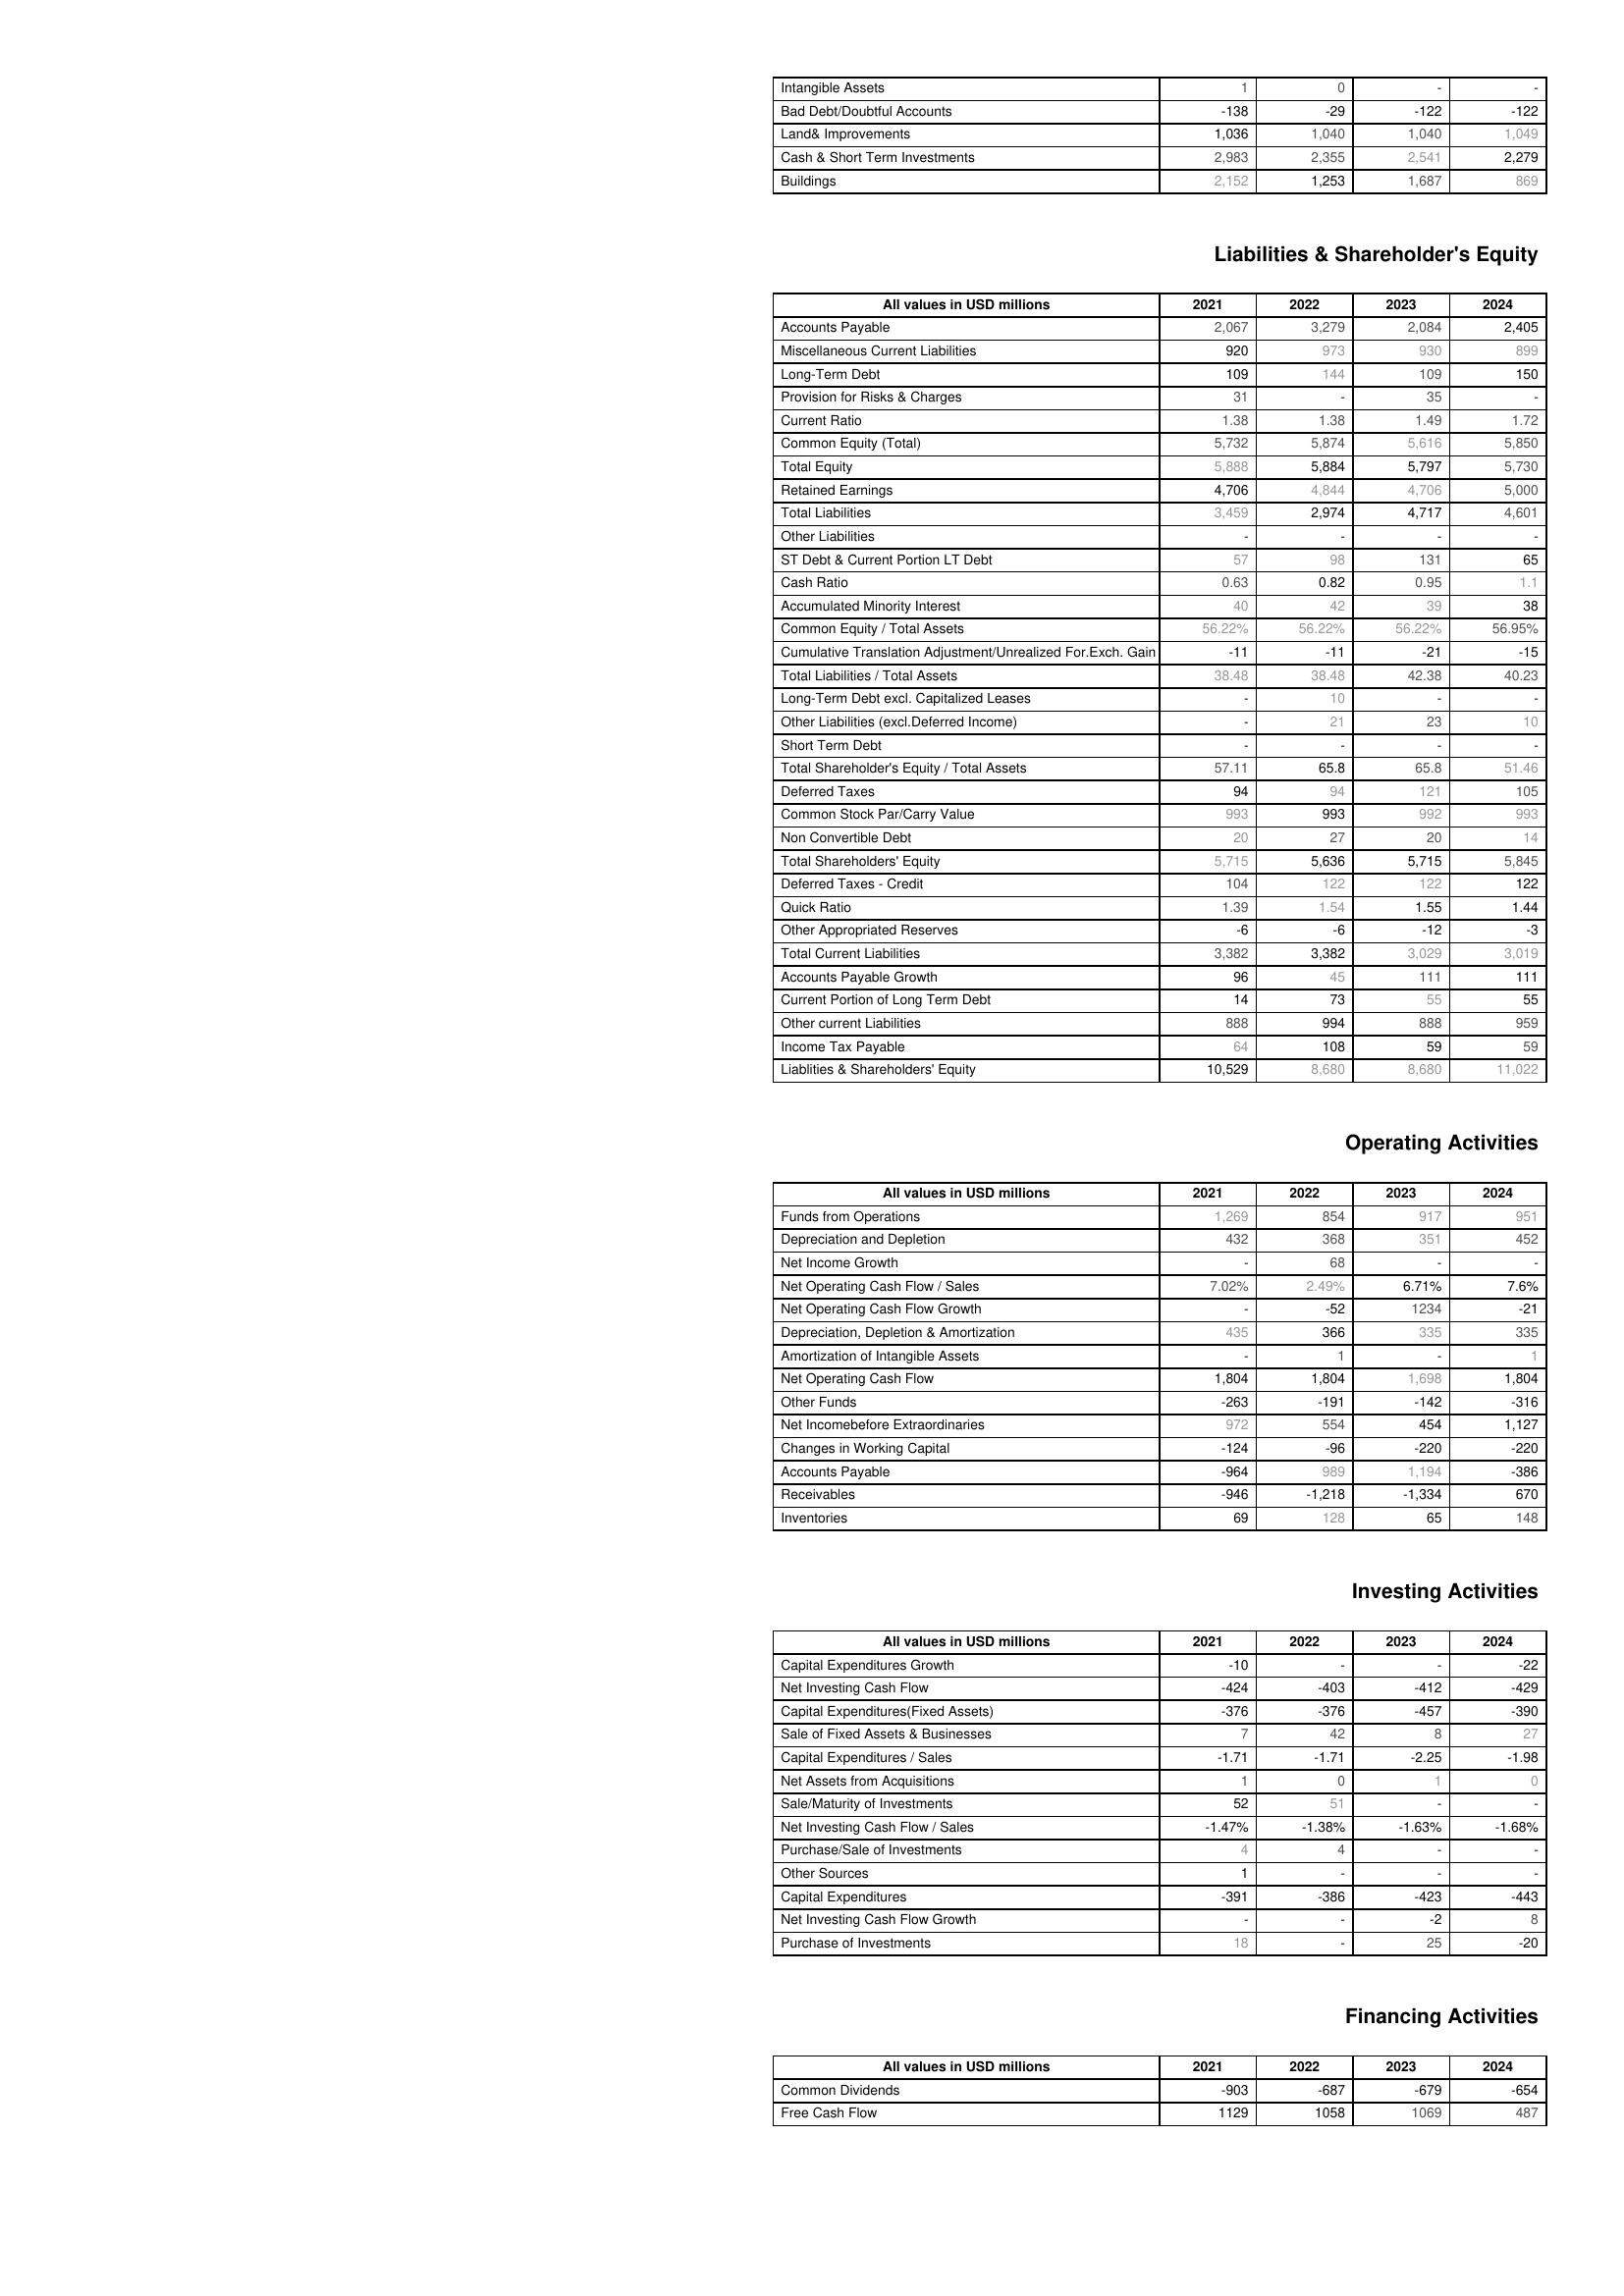
2021: Assets: Intangible Assets: 1
Bad Debt/Doubtful Accounts: -138
Land& Improvements: 1,036
Cash & Short Term Investments: 2,983
Buildings: 2,152
Liabilities & Shareholder's Equity: Accounts Payable: 2,067
Miscellaneous Current Liabilities: 920
Long-Term Debt: 109
Provision for Risks & Charges: 31
Current Ratio: 1.38
Common Equity (Total): 5,732
Total Equity: 5,888
Retained Earnings: 4,706
Total Liabilities: 3,459
Other Liabilities: -
ST Debt & Current Portion LT Debt: 57
Cash Ratio: 0.63
Accumulated Minority Interest: 40
Common Equity / Total Assets: 56.22%
Cumulative Translation Adjustment/Unrealized For.Exch. Gain: -11
Total Liabilities / Total Assets: 38.48
Long-Term Debt excl. Capitalized Leases: -
Other Liabilities (excl.Deferred Income): -
Short Term Debt: -
Total Shareholder's Equity / Total Assets: 57.11
Deferred Taxes: 94
Common Stock Par/Carry Value: 993
Non Convertible Debt: 20
Total Shareholders' Equity: 5,715
Deferred Taxes - Credit: 104
Quick Ratio: 1.39
Other Appropriated Reserves: -6
Total Current Liabilities: 3,382
Accounts Payable Growth: 96
Current Portion of Long Term Debt: 14
Other current Liabilities: 888
Income Tax Payable: 64
Liablities & Shareholders' Equity: 10,529
Operating Activities: Funds from Operations: 1,269
Depreciation and Depletion: 432
Net Income Growth: -
Net Operating Cash Flow / Sales: 7.02%
Net Operating Cash Flow Growth: -
Depreciation, Depletion & Amortization: 435
Amortization of Intangible Assets: -
Net Operating Cash Flow: 1,804
Other Funds: -263
Net Incomebefore Extraordinaries: 972
Changes in Working Capital: -124
Accounts Payable: -964
Receivables: -946
Inventories: 69
Investing Activities: Capital Expenditures Growth: -10
Net Investing Cash Flow: -424
Capital Expenditures(Fixed Assets): -376
Sale of Fixed Assets & Businesses: 7
Capital Expenditures / Sales: -1.71
Net Assets from Acquisitions: 1
Sale/Maturity of Investments: 52
Net Investing Cash Flow / Sales: -1.47%
Purchase/Sale of Investments: 4
Other Sources: 1
Capital Expenditures: -391
Net Investing Cash Flow Growth: -
Purchase of Investments: 18
Financing Activities: Common Dividends: -903
Free Cash Flow: 1129
2022: Assets: Intangible Assets: 0
Bad Debt/Doubtful Accounts: -29
Land& Improvements: 1,040
Cash & Short Term Investments: 2,355
Buildings: 1,253
Liabilities & Shareholder's Equity: Accounts Payable: 3,279
Miscellaneous Current Liabilities: 973
Long-Term Debt: 144
Provision for Risks & Charges: -
Current Ratio: 1.38
Common Equity (Total): 5,874
Total Equity: 5,884
Retained Earnings: 4,844
Total Liabilities: 2,974
Other Liabilities: -
ST Debt & Current Portion LT Debt: 98
Cash Ratio: 0.82
Accumulated Minority Interest: 42
Common Equity / Total Assets: 56.22%
Cumulative Translation Adjustment/Unrealized For.Exch. Gain: -11
Total Liabilities / Total Assets: 38.48
Long-Term Debt excl. Capitalized Leases: 10
Other Liabilities (excl.Deferred Income): 21
Short Term Debt: -
Total Shareholder's Equity / Total Assets: 65.8
Deferred Taxes: 94
Common Stock Par/Carry Value: 993
Non Convertible Debt: 27
Total Shareholders' Equity: 5,636
Deferred Taxes - Credit: 122
Quick Ratio: 1.54
Other Appropriated Reserves: -6
Total Current Liabilities: 3,382
Accounts Payable Growth: 45
Current Portion of Long Term Debt: 73
Other current Liabilities: 994
Income Tax Payable: 108
Liablities & Shareholders' Equity: 8,680
Operating Activities: Funds from Operations: 854
Depreciation and Depletion: 368
Net Income Growth: 68
Net Operating Cash Flow / Sales: 2.49%
Net Operating Cash Flow Growth: -52
Depreciation, Depletion & Amortization: 366
Amortization of Intangible Assets: 1
Net Operating Cash Flow: 1,804
Other Funds: -191
Net Incomebefore Extraordinaries: 554
Changes in Working Capital: -96
Accounts Payable: 989
Receivables: -1,218
Inventories: 128
Investing Activities: Capital Expenditures Growth: -
Net Investing Cash Flow: -403
Capital Expenditures(Fixed Assets): -376
Sale of Fixed Assets & Businesses: 42
Capital Expenditures / Sales: -1.71
Net Assets from Acquisitions: 0
Sale/Maturity of Investments: 51
Net Investing Cash Flow / Sales: -1.38%
Purchase/Sale of Investments: 4
Other Sources: -
Capital Expenditures: -386
Net Investing Cash Flow Growth: -
Purchase of Investments: -
Financing Activities: Common Dividends: -687
Free Cash Flow: 1058
2023: Assets: Intangible Assets: -
Bad Debt/Doubtful Accounts: -122
Land& Improvements: 1,040
Cash & Short Term Investments: 2,541
Buildings: 1,687
Liabilities & Shareholder's Equity: Accounts Payable: 2,084
Miscellaneous Current Liabilities: 930
Long-Term Debt: 109
Provision for Risks & Charges: 35
Current Ratio: 1.49
Common Equity (Total): 5,616
Total Equity: 5,797
Retained Earnings: 4,706
Total Liabilities: 4,717
Other Liabilities: -
ST Debt & Current Portion LT Debt: 131
Cash Ratio: 0.95
Accumulated Minority Interest: 39
Common Equity / Total Assets: 56.22%
Cumulative Translation Adjustment/Unrealized For.Exch. Gain: -21
Total Liabilities / Total Assets: 42.38
Long-Term Debt excl. Capitalized Leases: -
Other Liabilities (excl.Deferred Income): 23
Short Term Debt: -
Total Shareholder's Equity / Total Assets: 65.8
Deferred Taxes: 121
Common Stock Par/Carry Value: 992
Non Convertible Debt: 20
Total Shareholders' Equity: 5,715
Deferred Taxes - Credit: 122
Quick Ratio: 1.55
Other Appropriated Reserves: -12
Total Current Liabilities: 3,029
Accounts Payable Growth: 111
Current Portion of Long Term Debt: 55
Other current Liabilities: 888
Income Tax Payable: 59
Liablities & Shareholders' Equity: 8,680
Operating Activities: Funds from Operations: 917
Depreciation and Depletion: 351
Net Income Growth: -
Net Operating Cash Flow / Sales: 6.71%
Net Operating Cash Flow Growth: 1234
Depreciation, Depletion & Amortization: 335
Amortization of Intangible Assets: -
Net Operating Cash Flow: 1,698
Other Funds: -142
Net Incomebefore Extraordinaries: 454
Changes in Working Capital: -220
Accounts Payable: 1,194
Receivables: -1,334
Inventories: 65
Investing Activities: Capital Expenditures Growth: -
Net Investing Cash Flow: -412
Capital Expenditures(Fixed Assets): -457
Sale of Fixed Assets & Businesses: 8
Capital Expenditures / Sales: -2.25
Net Assets from Acquisitions: 1
Sale/Maturity of Investments: -
Net Investing Cash Flow / Sales: -1.63%
Purchase/Sale of Investments: -
Other Sources: -
Capital Expenditures: -423
Net Investing Cash Flow Growth: -2
Purchase of Investments: 25
Financing Activities: Common Dividends: -679
Free Cash Flow: 1069
2024: Assets: Intangible Assets: -
Bad Debt/Doubtful Accounts: -122
Land& Improvements: 1,049
Cash & Short Term Investments: 2,279
Buildings: 869
Liabilities & Shareholder's Equity: Accounts Payable: 2,405
Miscellaneous Current Liabilities: 899
Long-Term Debt: 150
Provision for Risks & Charges: -
Current Ratio: 1.72
Common Equity (Total): 5,850
Total Equity: 5,730
Retained Earnings: 5,000
Total Liabilities: 4,601
Other Liabilities: -
ST Debt & Current Portion LT Debt: 65
Cash Ratio: 1.1
Accumulated Minority Interest: 38
Common Equity / Total Assets: 56.95%
Cumulative Translation Adjustment/Unrealized For.Exch. Gain: -15
Total Liabilities / Total Assets: 40.23
Long-Term Debt excl. Capitalized Leases: -
Other Liabilities (excl.Deferred Income): 10
Short Term Debt: -
Total Shareholder's Equity / Total Assets: 51.46
Deferred Taxes: 105
Common Stock Par/Carry Value: 993
Non Convertible Debt: 14
Total Shareholders' Equity: 5,845
Deferred Taxes - Credit: 122
Quick Ratio: 1.44
Other Appropriated Reserves: -3
Total Current Liabilities: 3,019
Accounts Payable Growth: 111
Current Portion of Long Term Debt: 55
Other current Liabilities: 959
Income Tax Payable: 59
Liablities & Shareholders' Equity: 11,022
Operating Activities: Funds from Operations: 951
Depreciation and Depletion: 452
Net Income Growth: -
Net Operating Cash Flow / Sales: 7.6%
Net Operating Cash Flow Growth: -21
Depreciation, Depletion & Amortization: 335
Amortization of Intangible Assets: 1
Net Operating Cash Flow: 1,804
Other Funds: -316
Net Incomebefore Extraordinaries: 1,127
Changes in Working Capital: -220
Accounts Payable: -386
Receivables: 670
Inventories: 148
Investing Activities: Capital Expenditures Growth: -22
Net Investing Cash Flow: -429
Capital Expenditures(Fixed Assets): -390
Sale of Fixed Assets & Businesses: 27
Capital Expenditures / Sales: -1.98
Net Assets from Acquisitions: 0
Sale/Maturity of Investments: -
Net Investing Cash Flow / Sales: -1.68%
Purchase/Sale of Investments: -
Other Sources: -
Capital Expenditures: -443
Net Investing Cash Flow Growth: 8
Purchase of Investments: -20
Financing Activities: Common Dividends: -654
Free Cash Flow: 487